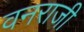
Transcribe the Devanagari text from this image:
वनराजी